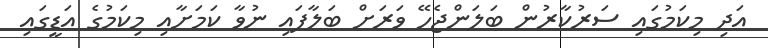
އަދި މިކަމުގައި ސަރުކާރުން ބަލަންޖެހޭ ވަރަށް ބަލާފައި ނުވާ ކަމަށާއި މިކަމުގެ އަޑީގައި